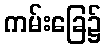
ကမ်းခြေ၌